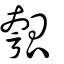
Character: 𤬄